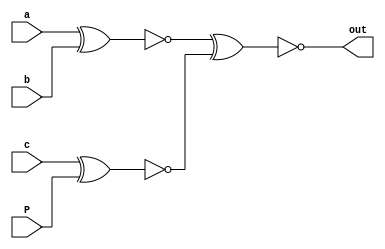
module odd_parity_checker (a,b,c,P,out);
  input a,b,c,P;
  output out;
  assign out=~((~(a^b))^(~(c^P)));
endmodule